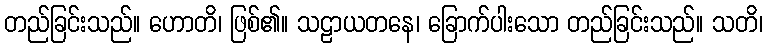
တည်ခြင်းသည်။ ဟောတိ၊ ဖြစ်၏။ သဠာယတနေ၊ ခြောက်ပါးသော တည်ခြင်းသည်။ သတိ၊